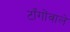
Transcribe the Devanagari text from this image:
टाँगोंवाले